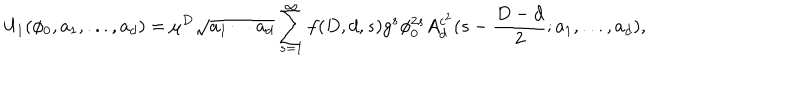
U _ { 1 } ( \phi _ { 0 } , a _ { 1 } , . . . , a _ { d } ) = \mu ^ { D } \sqrt { a _ { 1 } \cdots a _ { d } } \sum _ { s = 1 } ^ { \infty } f ( D , d , s ) g ^ { s } \phi _ { 0 } ^ { 2 s } A _ { d } ^ { c ^ { 2 } } ( s - \frac { D - d } { 2 } ; a _ { 1 } , . . . , a _ { d } ) ,